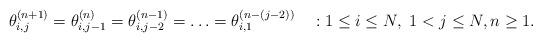
LaTeX: \begin{align*}\theta^{(n+1)}_{i,j} = \theta^{(n)}_{i,j-1} = \theta^{(n-1)}_{i,j-2} = \ldots = \theta^{(n-(j-2))}_{i,1} ~~~ : 1 \le i \le N,~ 1<j \le N, n \ge 1.\end{align*}